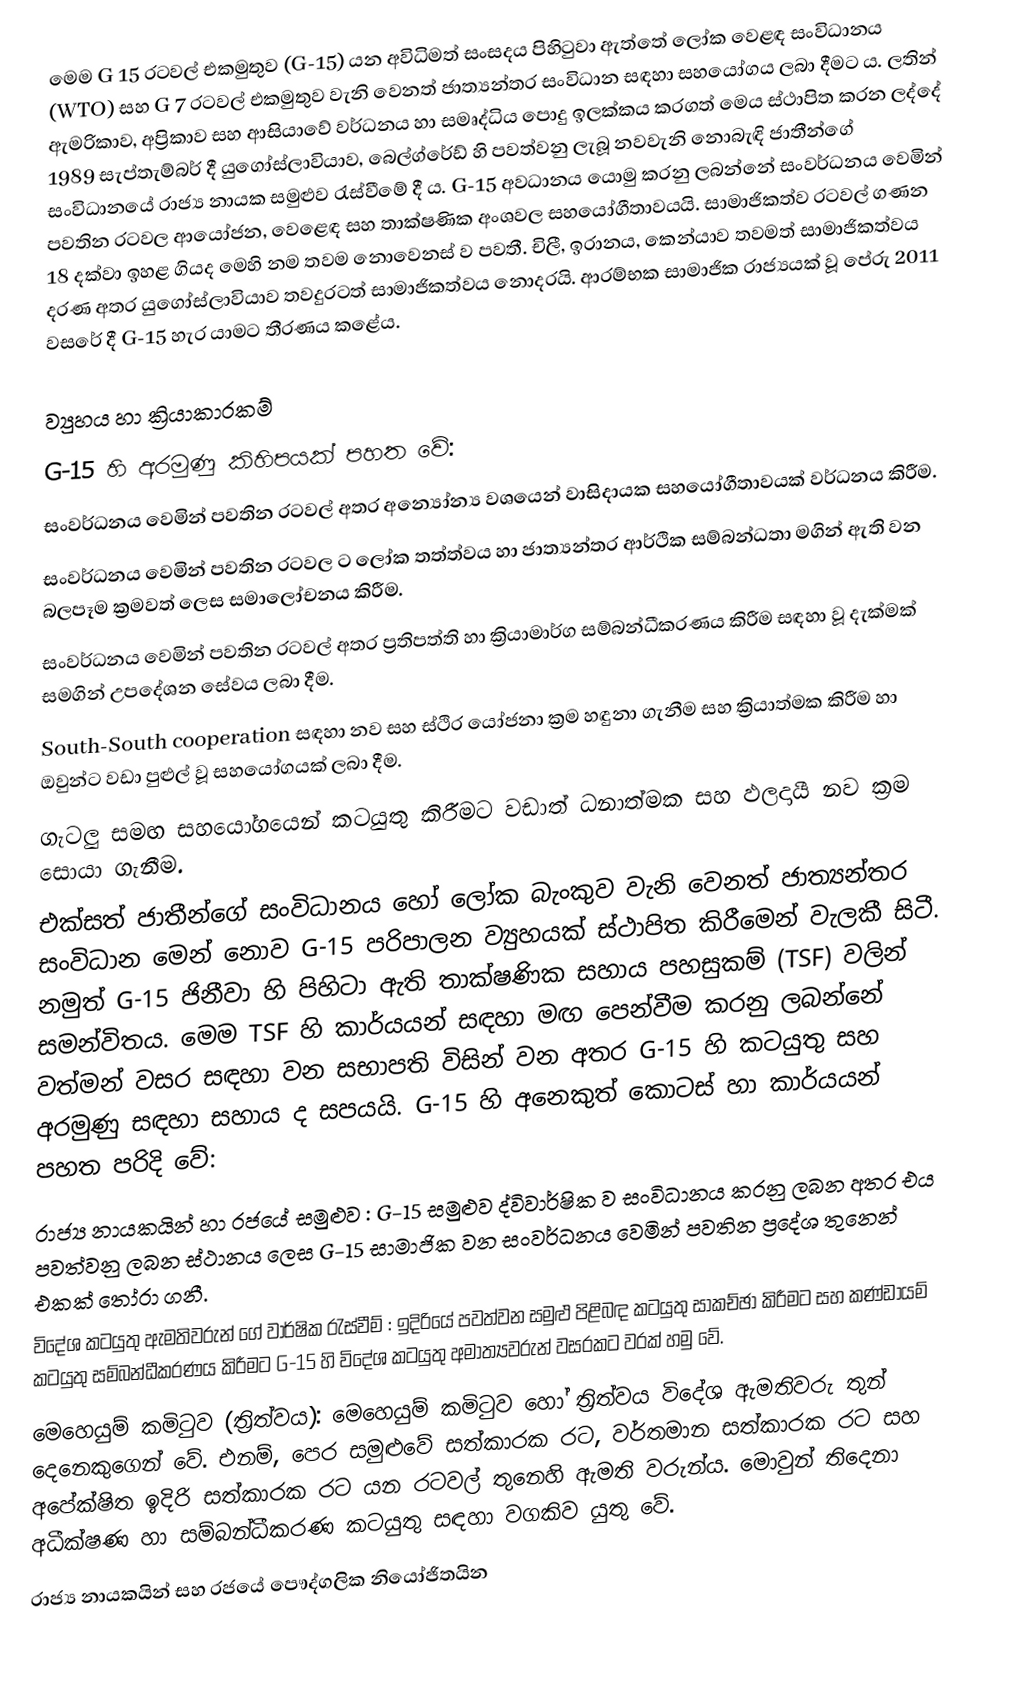
මෙම G 15 රටවල් එකමුතුව (G-15) යන අවිධිමත් සංසදය පිහිටුවා ඇත්තේ ලෝක වෙළඳ සංවිධානය (WTO) සහ G 7 රටවල් එකමුතුව වැනි වෙනත් ජාත්‍යන්තර සංවිධාන සඳහා සහයෝගය ලබා දීමට ය. ලතින් ඇමරිකාව, අප්‍රිකාව සහ ආසියාවේ වර්ධනය හා සමෘද්ධිය පොදු ඉලක්කය කරගත් මෙය ස්ථාපිත කරන ලද්දේ  1989 සැප්තැම්බර් දී යුගෝස්ලාවියාව, බෙල්ග්රේඩ් හි පවත්වනු ලැබූ  නවවැනි නොබැඳි ජාතීන්ගේ සංවිධානයේ රාජ්‍ය නායක සමුළුව රැස්වීමේ දී ය. G-15  අවධානය යොමු කරනු ලබන්නේ  සංවර්ධනය වෙමින් පවතින රටවල ආයෝජන, වෙළෙඳ සහ තාක්ෂණික අංශවල සහයෝගීතාවයයි. සාමාජිකත්ව රටවල් ගණන 18 දක්වා ඉහළ ගියද මෙහි නම තවම නොවෙනස් ව පවතී. චිලී, ඉරානය, කෙන්යාව තවමත්  සාමාජිකත්වය දරණ අතර යුගෝස්ලාවියාව තවදුරටත් සාමාජිකත්වය නොදරයි.  ආරම්භක සාමාජික රාජ්‍යයක් වූ පේරු 2011 වසරේ දී G-15 හැර යාමට තීරණය කළේය.

ව්‍යුහය හා ක්‍රියාකාරකම්
G-15 හි අරමුණු කිහිපයක් පහත වේ:
 සංවර්ධනය වෙමින් පවතින රටවල් අතර අන්‍යෝන්‍ය  වශයෙන් වාසිදායක සහයෝගීතාවයක් වර්ධනය කිරීම.
 සංවර්ධනය වෙමින් පවතින රටවල ට ලෝක තත්ත්වය හා ජාත්‍යන්තර ආර්ථික සම්බන්ධතා මගින් ඇති වන බලපෑම ක්‍රමවත් ලෙස සමාලෝචනය කිරීම.
 සංවර්ධනය වෙමින් පවතින රටවල් අතර ප්‍රතිපත්ති හා ක්‍රියාමාර්ග සම්බන්ධීකරණය කිරීම සඳහා වූ දැක්මක් සමගින් උපදේශන සේවය ලබා දීම.
 South-South cooperation සඳහා නව සහ ස්ථිර යෝජනා ක්‍රම හඳුනා ගැනීම සහ ක්‍රියාත්මක කිරීම හා ඔවුන්ට වඩා පුළුල් වූ සහයෝගයක් ලබා  දීම.
 ගැටලු සමඟ සහයෝගයෙන් කටයුතු කිරීමට වඩාත් ධනාත්මක සහ ඵලදායී නව ක්‍රම සොයා ගැනීම.
එක්සත් ජාතීන්ගේ සංවිධානය හෝ ලෝක බැංකුව වැනි වෙනත් ජාත්‍යන්තර සංවිධාන මෙන් නොව G-15 පරිපාලන ව්‍යුහයක් ස්ථාපිත කිරීමෙන්  වැලකී සිටී. නමුත්  G-15 ජිනීවා හි පිහිටා ඇති තාක්ෂණික සහාය පහසුකම් (TSF) වලින් සමන්විතය.  මෙම TSF හි කාර්යයන් සඳහා මඟ පෙන්වීම කරනු ලබන්නේ වත්මන් වසර සඳහා වන සභාපති විසින් වන අතර G-15  හි කටයුතු සහ අරමුණු සඳහා සහාය ද සපයයි.   G-15 හි අනෙකුත් කොටස් හා කාර්යයන් පහත පරිදි වේ:
 රාජ්‍ය නායකයින් හා රජයේ සමුළුව : G-15 සමුළුව ද්විවාර්ෂික ව සංවිධානය  කරනු ලබන අතර එය  පවත්වනු ලබන ස්ථානය ලෙස  G-15 සාමාජික වන සංවර්ධනය වෙමින් පවතින ප්‍රදේශ තුනෙන් එකක් තෝරා ගනී. 
 විදේශ කටයුතු ඇමතිවරුන් ගේ වාර්ෂික රැස්වීම් :  ඉදිරියේ පවත්වන සමුළු පිළිබඳ කටයුතු සාකච්ඡා කිරීමට සහ කණ්ඩායම් කටයුතු සම්බන්ධීකරණය කිරීමට  G-15  හි විදේශ කටයුතු අමාත්‍යවරුන්  වසරකට වරක්  හමු වේ.
 මෙහෙයුම් කමිටුව (ත්‍රිත්වය): මෙහෙයුම් කමිටුව හෝ ත්‍රිත්වය විදේශ ඇමතිවරු තුන් දෙනෙකුගෙන් වේ. එනම්,  පෙර සමුළුවේ සත්කාරක රට, වර්තමාන සත්කාරක රට සහ අපේක්ෂිත ඉදිරි සත්කාරක රට යන රටවල් තුනෙහි ඇමති වරුන්ය. මොවුන් තිදෙනා අධීක්ෂණ හා සම්බන්ධීකරණ කටයුතු සඳහා වගකිව යුතු වේ.
 රාජ්‍ය නායකයින් සහ රජයේ පෞද්ගලික නියෝජිතයින